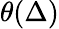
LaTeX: \theta(\Delta)